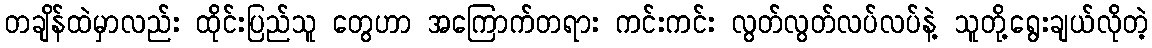
တချိန်ထဲမှာလည်း ထိုင်းပြည်သူ တွေဟာ အကြောက်တရား ကင်းကင်း လွတ်လွတ်လပ်လပ်နဲ့ သူတို့ရွေးချယ်လိုတဲ့